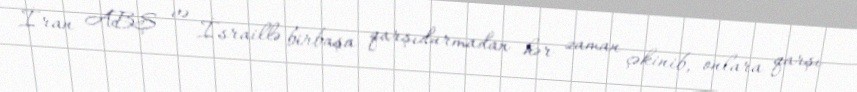
İran ABŞ və İsraillə birbaşa qarşıdurmadan hər zaman çəkinib, onlara qarşı